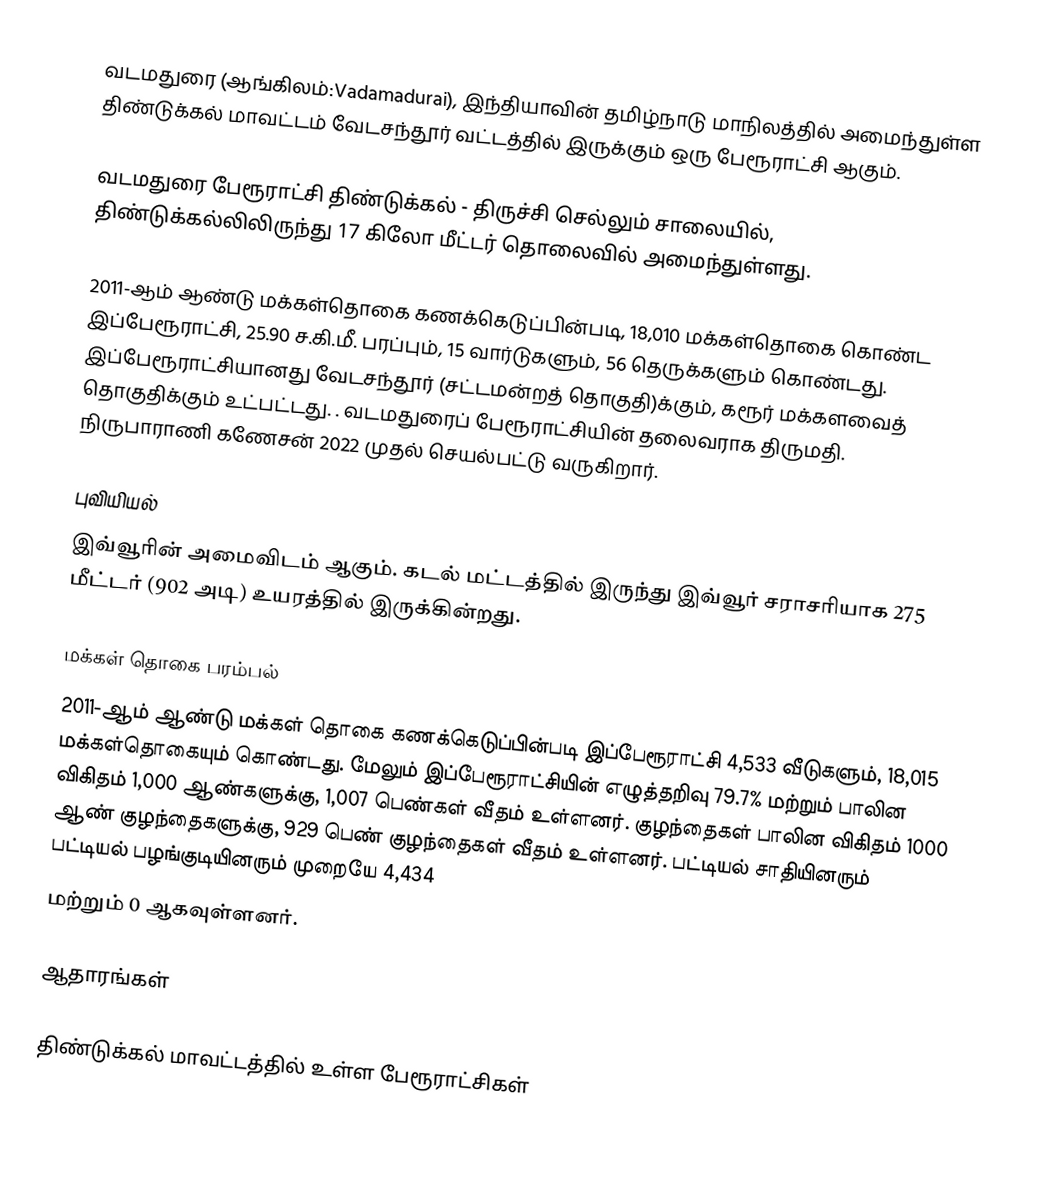
வடமதுரை (ஆங்கிலம்:Vadamadurai), இந்தியாவின் தமிழ்நாடு மாநிலத்தில் அமைந்துள்ள திண்டுக்கல் மாவட்டம் வேடசந்தூர் வட்டத்தில் இருக்கும் ஒரு பேரூராட்சி ஆகும்.

வடமதுரை பேரூராட்சி திண்டுக்கல் - திருச்சி செல்லும் சாலையில், திண்டுக்கல்லிலிருந்து 17 கிலோ மீட்டர் தொலைவில் அமைந்துள்ளது.

2011-ஆம் ஆண்டு மக்கள்தொகை கணக்கெடுப்பின்படி, 18,010  மக்கள்தொகை கொண்ட இப்பேரூராட்சி, 25.90 ச.கி.மீ. பரப்பும், 15  வார்டுகளும், 56 தெருக்களும் கொண்டது.  இப்பேரூராட்சியானது வேடசந்தூர் (சட்டமன்றத் தொகுதி)க்கும், கரூர் மக்களவைத் தொகுதிக்கும் உட்பட்டது. . வடமதுரைப் பேரூராட்சியின் தலைவராக திருமதி. நிருபாராணி கணேசன் 2022 முதல் செயல்பட்டு வருகிறார்.

புவியியல்
இவ்வூரின் அமைவிடம்  ஆகும். கடல் மட்டத்தில் இருந்து இவ்வூர் சராசரியாக 275 மீட்டர் (902 அடி) உயரத்தில் இருக்கின்றது.

மக்கள் தொகை பரம்பல்
2011-ஆம் ஆண்டு மக்கள் தொகை கணக்கெடுப்பின்படி   இப்பேரூராட்சி    4,533     வீடுகளும்,    18,015 மக்கள்தொகையும் கொண்டது. மேலும் இப்பேரூராட்சியின் எழுத்தறிவு 79.7%   மற்றும் பாலின விகிதம் 1,000 ஆண்களுக்கு, 1,007 பெண்கள் வீதம் உள்ளனர். குழந்தைகள் பாலின விகிதம் 1000 ஆண் குழந்தைகளுக்கு,     929 பெண் குழந்தைகள் வீதம் உள்ளனர்.  பட்டியல் சாதியினரும் பட்டியல் பழங்குடியினரும்  முறையே 4,434
மற்றும் 0 ஆகவுள்ளனர்.

ஆதாரங்கள்

திண்டுக்கல் மாவட்டத்தில் உள்ள பேரூராட்சிகள்